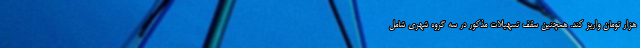
هزار تومان واریز کند. همچنین سقف تسهیلات مذکور در سه گروه شهری شامل